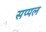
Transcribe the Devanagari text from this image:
सप्पल